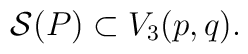
{\cal S}(P) \subset V_3(p,q).